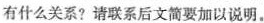
有什么关系?请联系后文简要加以说明。